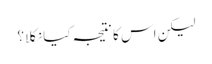
لیکن اس کا نتیجہ کیا نکلا؟